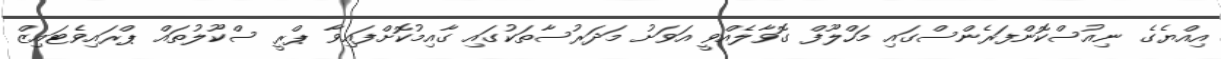
އިއްޔެގެ ނިއުސްކޮންފަރެންސްގައި މަހްލޫފް ގޮވާލެއްވީ އަވަށު މަދަރުސާތަކުގައި ގާއިމުކޮށްފައިވާ ޕްރީ ސްކޫލުތައް ޕްރައިވެޓައިޒް